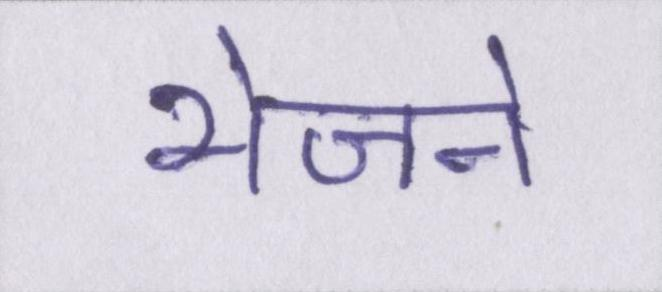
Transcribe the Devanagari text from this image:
भेजने